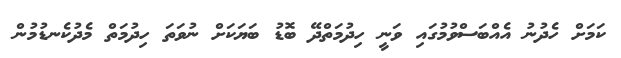
ކަމަށް ހެދުނު އެއްބަސްވުމުގައި ވަނީ ހިދުމަތްދޭ ބޮޑު ބަޔަކަށް ނުވަތަ ހިދުމަތް މެދުކެނޑުމުން